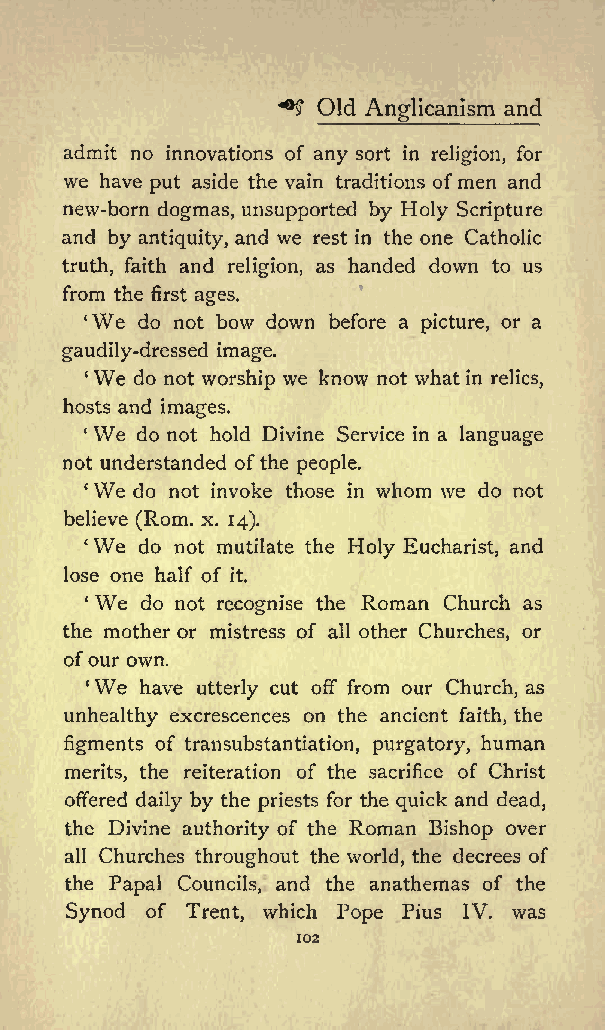
**$ Old Anglicanism and
 admit no innovations of any sort in religion, for
 we have put aside the vain traditions ofmen and
 new-born dogmas, unsupported by Holy Scripture
 and by antiquity, and we rest in the one Catholic
 truth, faith and religion, as handed down to us
 from the first ages.
 We do not bow down before a picture, or a
 gaudily-dressed image.
 We do not worship we know not what in relics,
 hosts and images.
 We
 do not hold Divine Service in a language
 not understanded ofthe people.
 We do not invoke those in whom we do not
 believe (Rom. x. 14).
 We
 do not mutilate the Holy Eucharist, and
 lose one half of it.
 We do not recognise the Roman Church as
 the mother or mistress of all other Churches, or
 ofour own.
 We
 c  have utterly cut off from our Church, as
 unhealthy excrescences on the ancient faith, the
 figments of transubstantiation, purgatory, human
 merits, the reiteration of the sacrifice of Christ
 offered daily by the priests for the quick and dead,
 the Divine authority of the Roman Bishop over
 all Churches throughout the world, the decrees of
 the Papal Councils, and the anathemas of the
 Synod of Trent, which Pope Pius IV. was